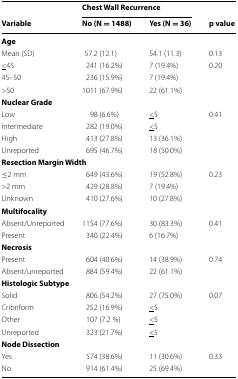
<table><thead><tr><td></td><td colspan="2"><b>Chest Wall Recurrence</b></td><td></td></tr><tr><td><b>Variable</b></td><td><b>No (N = 1488)</b></td><td><b>Yes (N = 36)</b></td><td><b>p value</b></td></tr></thead><tbody><tr><td colspan="4"><b>Age</b></td></tr><tr><td>Mean (SD)</td><td>57.2 (12.1)</td><td>54.1 (11.3)</td><td>0.13</td></tr><tr><td><underline>&lt;</underline>45</td><td>241 (16.2%)</td><td>7 (19.4%)</td><td>0.20</td></tr><tr><td>45–50</td><td>236 (15.9%)</td><td>7 (19.4%)</td><td></td></tr><tr><td>&gt;50</td><td>1011 (67.9%)</td><td>22 (61.1%)</td><td></td></tr><tr><td colspan="4"><b>Nuclear Grade</b></td></tr><tr><td>Low</td><td>98 (6.6%)</td><td><underline>&lt;</underline>5</td><td>0.41</td></tr><tr><td>Intermediate</td><td>282 (19.0%)</td><td><underline>&lt;</underline>5</td><td></td></tr><tr><td>High</td><td>413 (27.8%)</td><td>13 (36.1%)</td><td></td></tr><tr><td>Unreported</td><td>695 (46.7%)</td><td>18 (50.0%)</td><td></td></tr><tr><td colspan="4"><b>Resection Margin Width</b></td></tr><tr><td>≤2 mm</td><td>649 (43.6%)</td><td>19 (52.8%)</td><td>0.23</td></tr><tr><td>&gt;2 mm</td><td>429 (28.8%)</td><td>7 (19.4%)</td><td></td></tr><tr><td>Unknown</td><td>410 (27.6%)</td><td>10 (27.8%)</td><td></td></tr><tr><td><b>Multifocality</b></td><td></td><td></td><td></td></tr><tr><td>Absent/Unreported</td><td>1154 (77.6%)</td><td>30 (83.3%)</td><td>0.41</td></tr><tr><td>Present</td><td>340 (22.4%)</td><td>6 (16.7%)</td><td></td></tr><tr><td colspan="4"><b>Necrosis</b></td></tr><tr><td>Present</td><td>604 (40.6%)</td><td>14 (38.9%)</td><td>0.74</td></tr><tr><td>Absent/unreported</td><td>884 (59.4%)</td><td>22 (61.1%)</td><td></td></tr><tr><td colspan="4"><b>Histologic Subtype</b></td></tr><tr><td>Solid</td><td>806 (54.2%)</td><td>27 (75.0%)</td><td>0.07</td></tr><tr><td>Cribriform</td><td>252 (16.9%)</td><td><underline>&lt;</underline>5</td><td></td></tr><tr><td>Other</td><td>107 (7.2 %)</td><td><underline>&lt;</underline>5</td><td></td></tr><tr><td>Unreported</td><td>323 (21.7%)</td><td><underline>&lt;</underline>5</td><td></td></tr><tr><td colspan="4"><b>Node Dissection</b></td></tr><tr><td>Yes</td><td>574 (38.6%)</td><td>11 (30.6%)</td><td>0.33</td></tr><tr><td>No</td><td>914 (61.4%)</td><td>25 (69.4%)</td><td></td></tr></tbody></table>